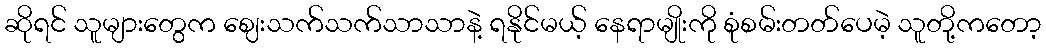
ဆိုရင် သူများတွေက ဈေးသက်သက်သာသာနဲ့ ရနိုင်မယ့် နေရာမျိုးကို စုံစမ်းတတ်ပေမဲ့ သူတို့ကတော့